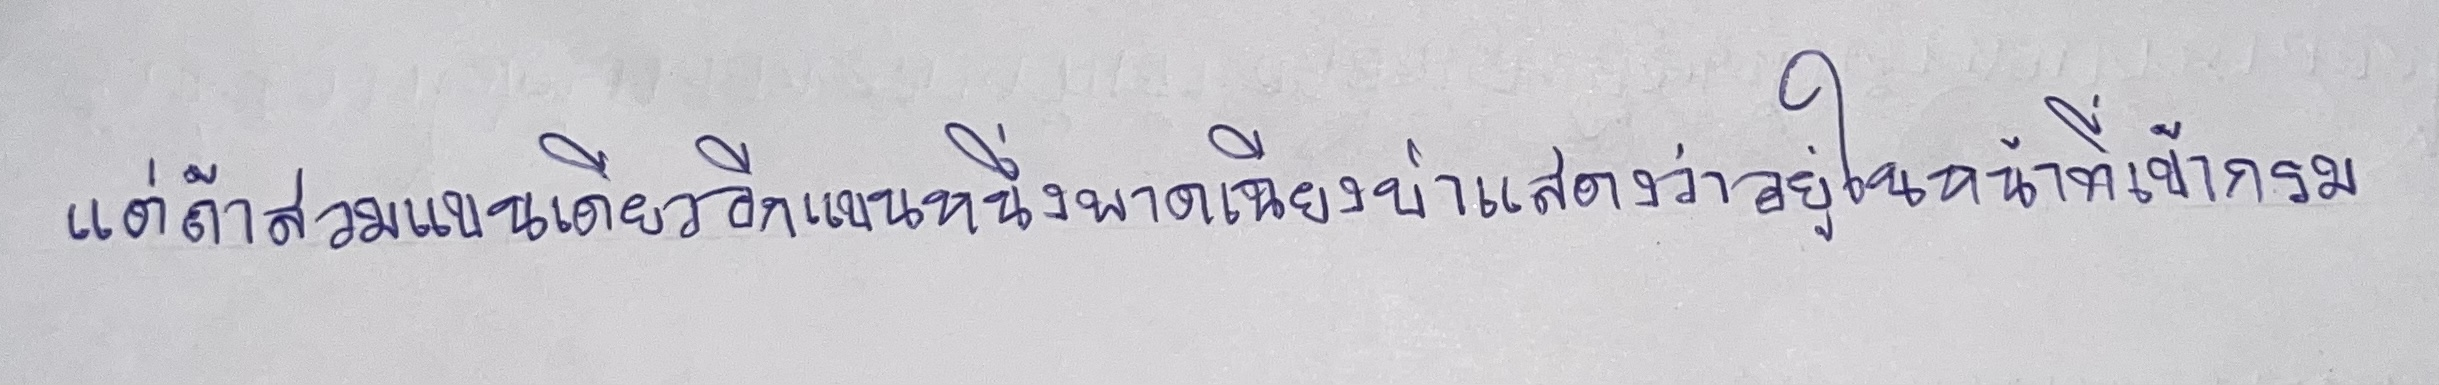
แต่ถ้าสวมแขนเดียวอีกแขนหนึ่งพาดเฉียงบ่าแสดงว่าอยู่ในหน้าที่เข้ากรม